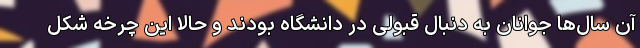
آن سال‌ها جوانان به دنبال قبولی در دانشگاه بودند و حالا این چرخه شکل